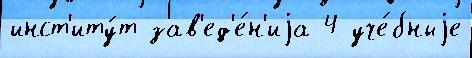
инст'иту́т зав'ед'е́н'иjа 4 уче́бныjе